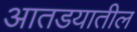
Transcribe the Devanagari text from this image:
आतडयातील